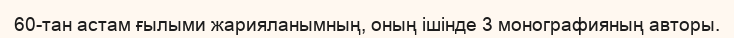
60-тан астам ғылыми жарияланымның, оның ішінде 3 монографияның авторы.